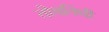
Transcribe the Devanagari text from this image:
तोयनिधी